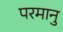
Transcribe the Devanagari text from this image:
परमानु